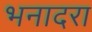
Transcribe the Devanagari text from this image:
भनादरा